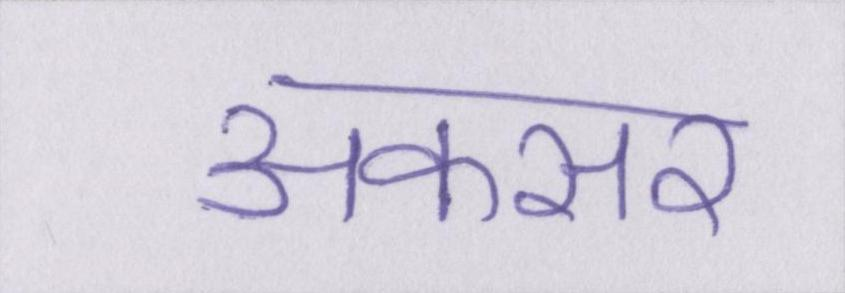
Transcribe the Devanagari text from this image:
अकसर